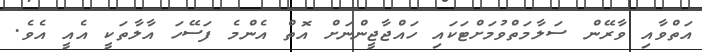
އަތްވާއި ވާރޭން ސަލާމަތްވުމަށްޓަކައި ހައްޖާޖީންނަށް އޮތް އެންމެ ފަސޭހަ އާލާތަކީ އެއީ އެވެ.